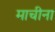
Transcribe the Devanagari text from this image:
माचीना